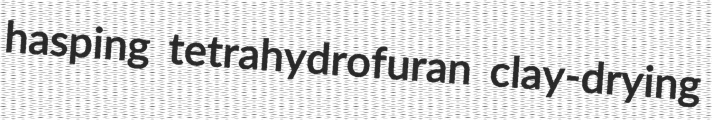
hasping tetrahydrofuran clay-drying